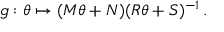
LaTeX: g : \theta \mapsto ( M \theta + N ) ( R \theta + S ) ^ { - 1 } \, .